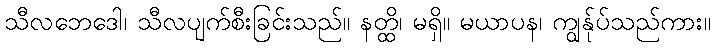
သီလဘေဒေါ၊ သီလပျက်စီးခြင်းသည်။ နတ္ထိ၊ မရှိ။ မယာပန၊ ကျွန်ုပ်သည်ကား။